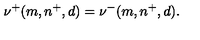
\nu ^ { + } ( m , n ^ { + } , d ) = \nu ^ { - } ( m , n ^ { + } , d ) .